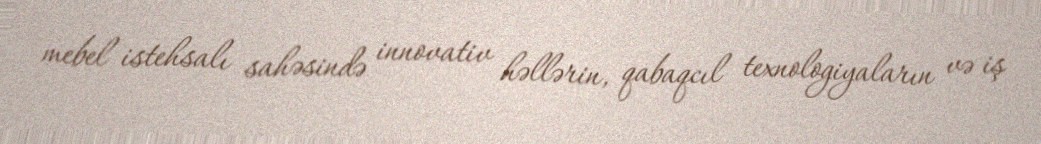
mebel istehsalı sahəsində innovativ həllərin, qabaqcıl texnologiyaların və iş